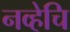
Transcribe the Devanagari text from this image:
नव्हेचि